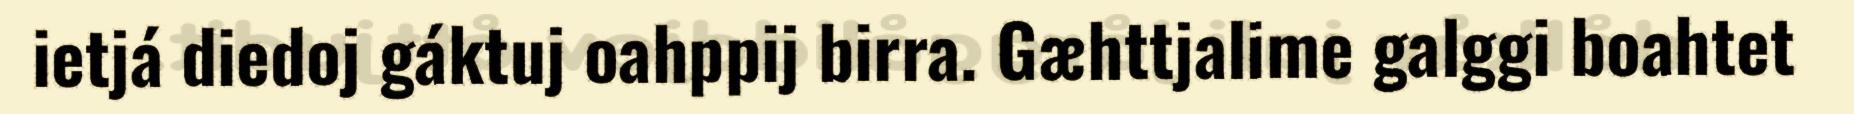
ietjá diedoj gáktuj oahppij birra. Gæhttjalime galggi boahtet